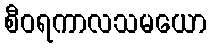
စီဝရကာလသမယော